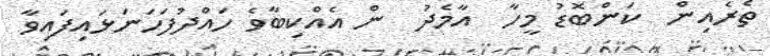
ތެރެއިން  ކަންބޮޑު މީހާ  އާމެދު  ން އެއްކިބާވެ ހައްދުފަހަނަޅައިފައިވާ